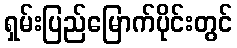
ရှမ်းပြည်မြောက်ပိုင်းတွင်